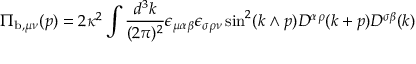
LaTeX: \Pi _ { \mathrm { b } , \mu \nu } ( p ) = 2 \kappa ^ { 2 } \int \frac { d ^ { 3 } k } { ( 2 \pi ) ^ { 2 } } \epsilon _ { \mu \alpha \beta } \epsilon _ { \sigma \rho \nu } \sin ^ { 2 } ( k \wedge p ) D ^ { \alpha \rho } ( k + p ) D ^ { \sigma \beta } ( k )